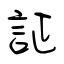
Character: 証